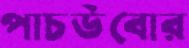
পাচউবোর